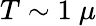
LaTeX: T\sim 1\ \mu